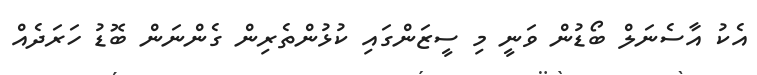
އެކު އާސެނަލް ބޯޑުން ވަނީ މި ސީޒަންގައި ކުޅުންތެރިން ގެންނަން ބޮޑު ހަރަދެއް